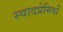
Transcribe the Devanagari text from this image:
स्वादप्रेमियों